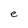
Character: e